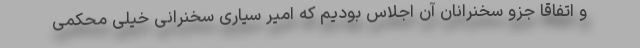
و اتفاقاً جزو سخنرانان آن اجلاس بودیم که امیر سیاری سخنرانی خیلی محکمی